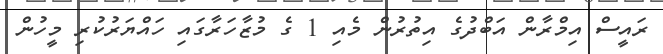
ރައީސް އިމްރާން އަބްދުގެ އިތުރުން މެއި 1 ގެ މުޒާހަރާގައި ހައްޔަރުކުރި މީހުން